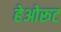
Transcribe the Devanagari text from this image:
हेओरूट